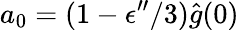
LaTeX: a_{0}=(1-\epsilon^{\prime\prime}/3)\hat{g}(0)